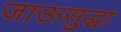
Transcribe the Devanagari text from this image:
जाऊसुद्धा